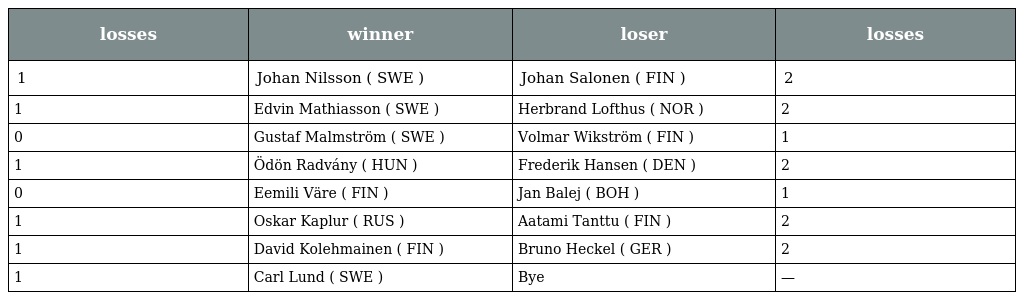
| losses | winner | loser | losses |
 | --- | --- | --- | --- |
 | 1 | Johan Nilsson ( SWE ) | Johan Salonen ( FIN ) | 2 |
 | 1 | Edvin Mathiasson ( SWE ) | Herbrand Lofthus ( NOR ) | 2 |
 | 0 | Gustaf Malmström ( SWE ) | Volmar Wikström ( FIN ) | 1 |
 | 1 | Ödön Radvány ( HUN ) | Frederik Hansen ( DEN ) | 2 |
 | 0 | Eemili Väre ( FIN ) | Jan Balej ( BOH ) | 1 |
 | 1 | Oskar Kaplur ( RUS ) | Aatami Tanttu ( FIN ) | 2 |
 | 1 | David Kolehmainen ( FIN ) | Bruno Heckel ( GER ) | 2 |
 | 1 | Carl Lund ( SWE ) | Bye | — |